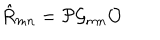
\hat { R } _ { m n } = { \cal P } { \cal G } _ { m n } { \cal O } \,